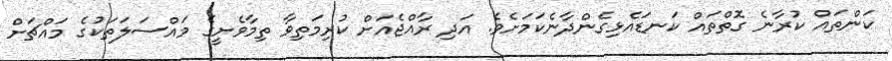
ކަންތައް ކުރާނެ ގޮތްތައް ކަނޑައެޅިގެންދާނެކަމަށެވެ. އަދި ރާއްޖެއަށް ކުރިމަތިވާ ތިމާވެށީގެ މައްސަލަތަކުގެ މައްޗަށް